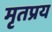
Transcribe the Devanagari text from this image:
मृतप्रय